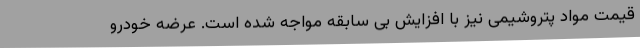
قیمت مواد پتروشیمی نیز با افزایش بی سابقه مواجه شده است. عرضه خودرو